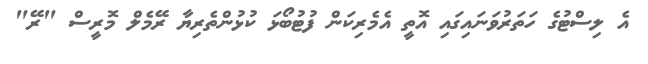
އެ ލިސްޓުގެ ހަތަރުވަނައިގައި އޮތީ އެމެރިކަން ފުޓުބޯޅަ ކުޅުންތެރިޔާ ރޭމެލް މޮރީސް "ރޭ"